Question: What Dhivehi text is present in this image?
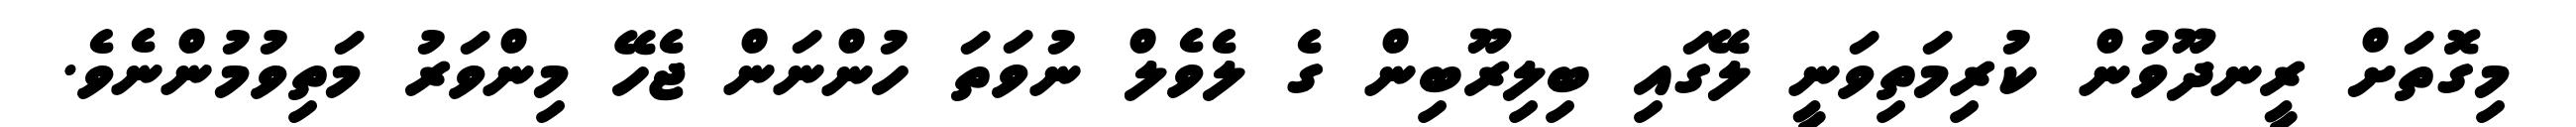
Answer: މިގޮތަށް ރީނދޫވުން ކުރިމަތިވަނީ ލޭގައި ބިލިރޫބިން ގެ ލެވެލް ނުވަތަ ހުންނަން ޖެހޭ މިންވަރު މަތިވުމުންނެވެ.